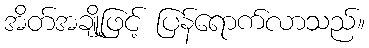
အိတ်အချို့ဖြင့် ပြန်ရောက်လာသည်။